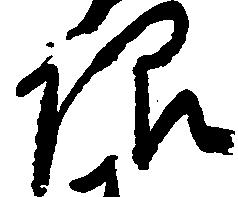
限